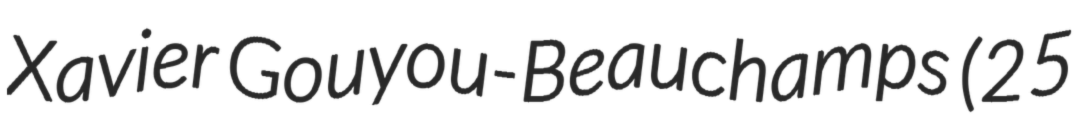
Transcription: Xavier Gouyou-Beauchamps (25